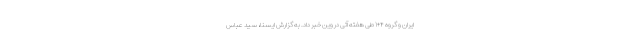
ایران و گروه ۴+۱ طی هفته آتی در وین خبر داد. به گزارش ایسنا، سید عباس